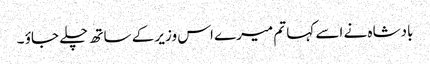
بادشاہ نے اسے کہا تم میرے اس وزیر کے ساتھ چلے جاؤ ۔